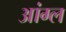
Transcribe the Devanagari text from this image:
आंग्‍ल